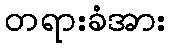
တရားခံအား